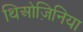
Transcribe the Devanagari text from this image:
थिओज़िनिया